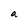
Character: a